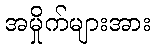
အမှိုက်များအား